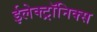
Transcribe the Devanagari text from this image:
ईलेक्ट्रॉनिक्स